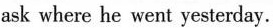
ask where he went yesterday.